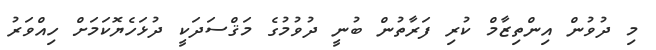
މި ދުވުން އިންތިޒާމް ކުރި ފަރާތުން ބުނީ ދުވުމުގެ މަޤްސަދަކީ ދުޅަހެޔޮކަމަށް ހިއްވަރު